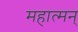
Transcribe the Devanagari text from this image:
महात्मन्‌